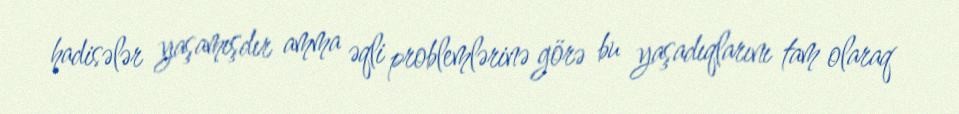
hadisələr yaşamışdır amma əqli problemlərinə görə bu yaşadıqlarını tam olaraq